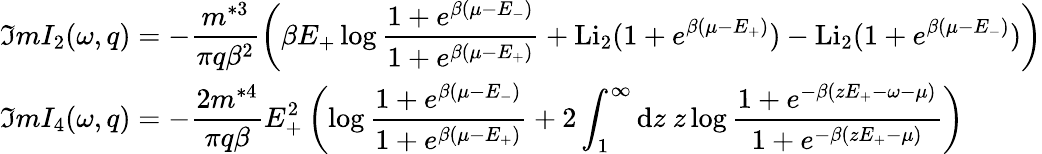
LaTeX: \begin{array}{ll}{{{\displaystyle\Im mI_{2}(\omega,q)=-\frac{m^{*3}}{\pi q\beta^{2}}\left(\beta E_{+}\log\frac{1+e^{\beta(\mu-E_{-})}}{1+e^{\beta(\mu-E_{+})}}+\mathrm{Li}_{2}(1+e^{\beta(\mu-E_{+})})-\mathrm{Li}_{2}(1+e^{\beta(\mu-E_{-})})\right)}}}\\ {{{\displaystyle\Im mI_{4}(\omega,q)=-\frac{2m^{*4}}{\pi q\beta}E_{+}^{2}\left(\log\frac{1+e^{\beta(\mu-E_{-})}}{1+e^{\beta(\mu-E_{+})}}+2\int_{1}^{\infty}\mathrm{d}z~z\log\frac{1+e^{-\beta(zE_{+}-\omega-\mu)}}{1+e^{-\beta(zE_{+}-\mu)}}\right)}}}\end{array}